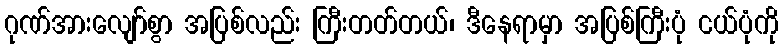
ဂုဏ်အားလျော်စွာ အပြစ်လည်း ကြီးတတ်တယ်၊ ဒီနေရာမှာ အပြစ်ကြီးပုံ ငယ်ပုံကို